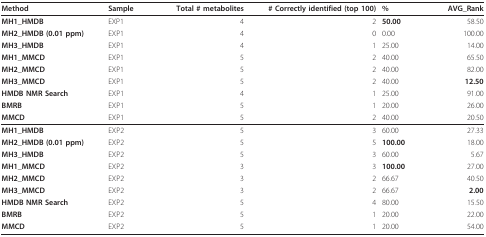
<table><thead><tr><td><b>Method</b></td><td><b>Sample</b></td><td><b>Total # metabolites</b></td><td><b># Correctly identified (top 100)</b></td><td><b>%</b></td><td><b>AVG_Rank</b></td></tr></thead><tbody><tr><td><b>MH1_HMDB</b></td><td>EXP1</td><td>4</td><td>2</td><td><b>50.00</b></td><td>58.50</td></tr><tr><td><b>MH2_HMDB (0.01 ppm)</b></td><td>EXP1</td><td>4</td><td>0</td><td>0.00</td><td>100.00</td></tr><tr><td><b>MH3_HMDB</b></td><td>EXP1</td><td>4</td><td>1</td><td>25.00</td><td>14.00</td></tr><tr><td><b>MH1_MMCD</b></td><td>EXP1</td><td>5</td><td>2</td><td>40.00</td><td>65.50</td></tr><tr><td><b>MH2_MMCD</b></td><td>EXP1</td><td>5</td><td>2</td><td>40.00</td><td>82.00</td></tr><tr><td><b>MH3_MMCD</b></td><td>EXP1</td><td>5</td><td>2</td><td>40.00</td><td><b>12.50</b></td></tr><tr><td><b>HMDB NMR Search</b></td><td>EXP1</td><td>4</td><td>1</td><td>25.00</td><td>91.00</td></tr><tr><td><b>BMRB</b></td><td>EXP1</td><td>5</td><td>1</td><td>20.00</td><td>26.00</td></tr><tr><td><b>MMCD</b></td><td>EXP1</td><td>5</td><td>2</td><td>40.00</td><td>20.50</td></tr><tr><td><b>MH1_HMDB</b></td><td>EXP2</td><td>5</td><td>3</td><td>60.00</td><td>27.33</td></tr><tr><td><b>MH2_HMDB (0.01 ppm)</b></td><td>EXP2</td><td>5</td><td>5</td><td><b>100.00</b></td><td>18.00</td></tr><tr><td><b>MH3_HMDB</b></td><td>EXP2</td><td>5</td><td>3</td><td>60.00</td><td>5.67</td></tr><tr><td><b>MH1_MMCD</b></td><td>EXP2</td><td>3</td><td>3</td><td><b>100.00</b></td><td>27.00</td></tr><tr><td><b>MH2_MMCD</b></td><td>EXP2</td><td>3</td><td>2</td><td>66.67</td><td>40.50</td></tr><tr><td><b>MH3_MMCD</b></td><td>EXP2</td><td>3</td><td>2</td><td>66.67</td><td><b>2.00</b></td></tr><tr><td><b>HMDB NMR Search</b></td><td>EXP2</td><td>5</td><td>4</td><td>80.00</td><td>15.50</td></tr><tr><td><b>BMRB</b></td><td>EXP2</td><td>5</td><td>1</td><td>20.00</td><td>22.00</td></tr><tr><td><b>MMCD</b></td><td>EXP2</td><td>5</td><td>1</td><td>20.00</td><td>54.00</td></tr></tbody></table>